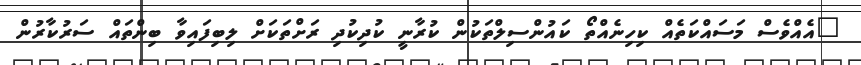
"އެއްވެސް މަސައްކަތެއް ކިހިނެއްތޯ ކައުންސިލްތަކުން ކުރާނީ ކުދިކުދި ރަށްތަކަށް ލިބިފައިވާ ބިންތައް ސަރުކާރުން